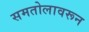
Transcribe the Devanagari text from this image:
समतोलावरून